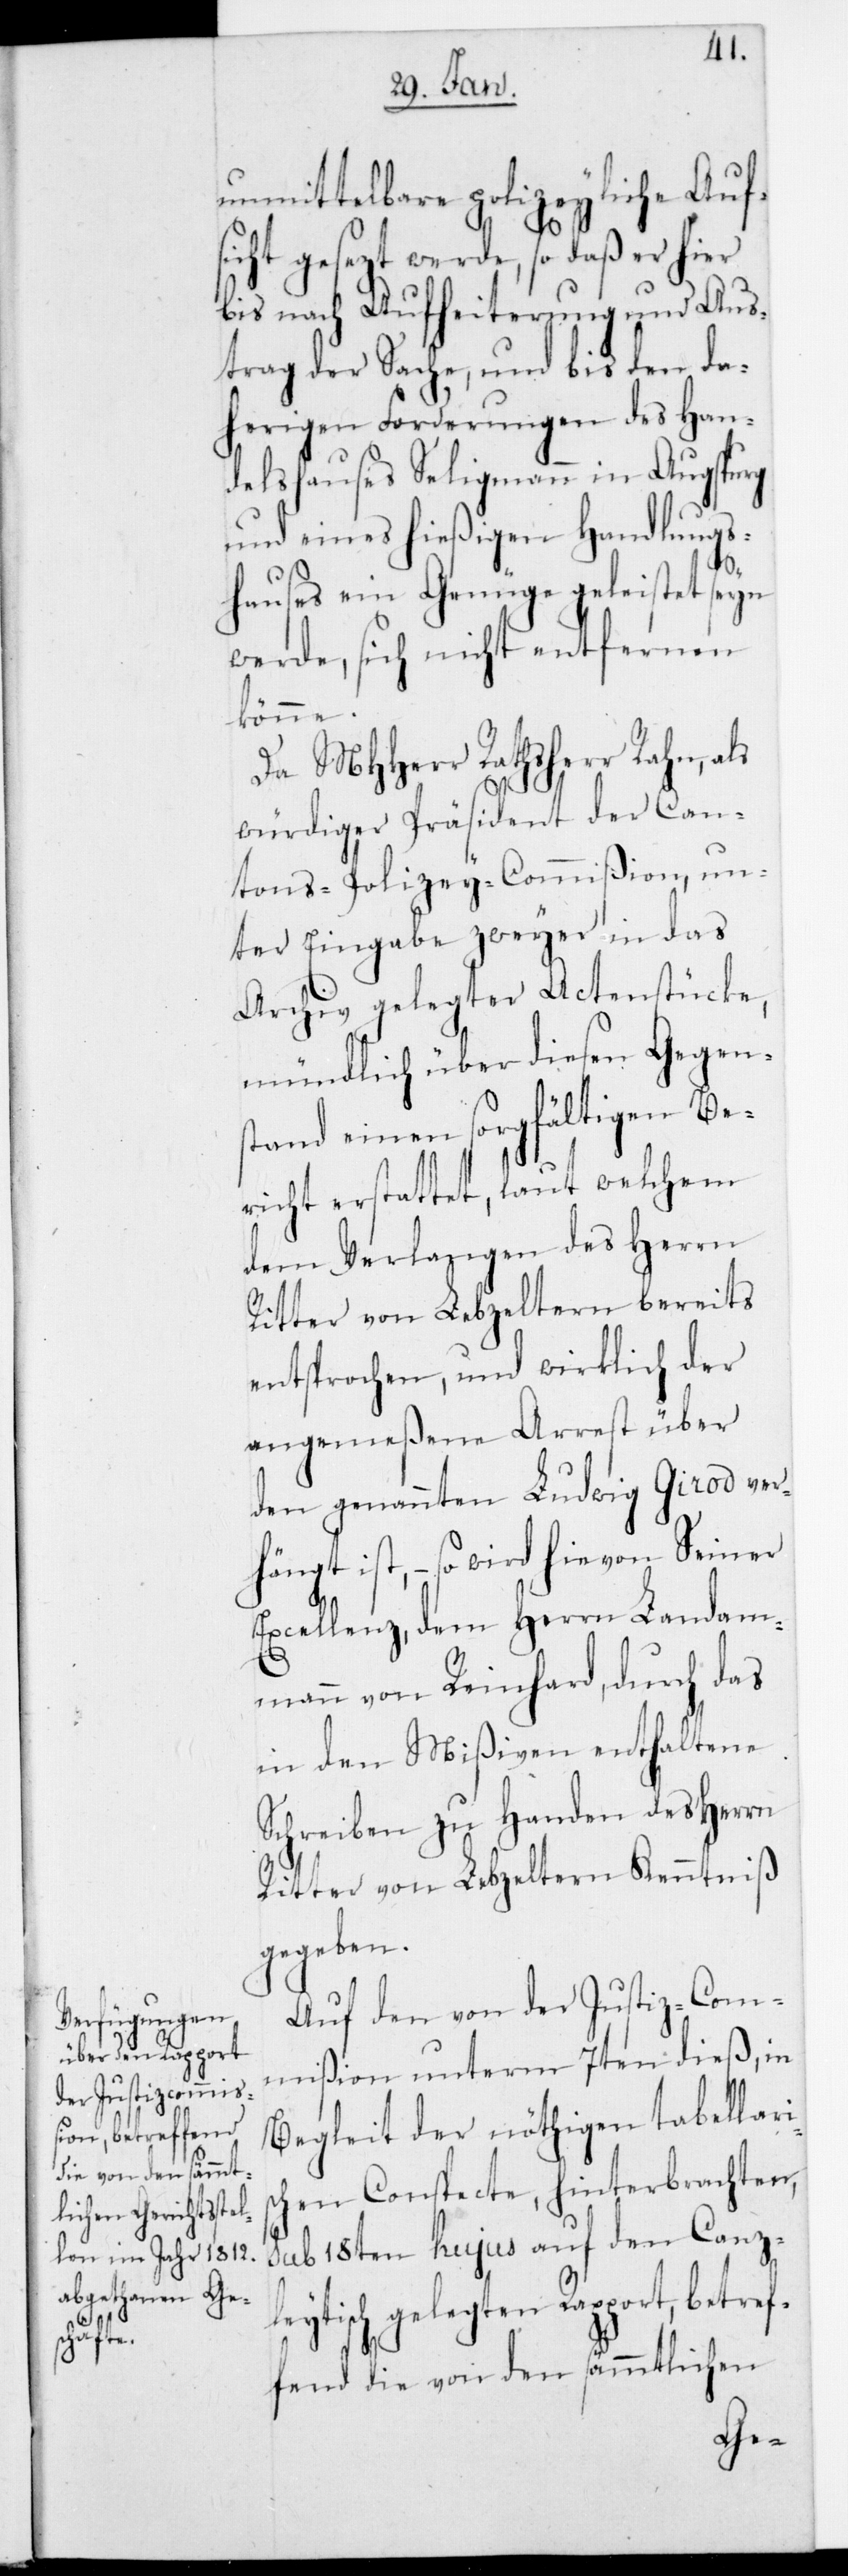
isc¬

unmittelbare polizeyliche Aufs¬
icht gesezt werde, so daß er hier
bis nach Aufheiterung und Aus¬
trag der Sache, und bis den da¬
herigen Forderungen des Han¬
delshauses Seligmann in Augsburg
und eines hießigen Handlungs¬
hauses ein Genüge geleistet sein
werde, sich nicht entfernen
könne.
Da MHHerr Rathsherr Rahn, als
würdiger Präsident der Can¬
tons-Polizey-Commißion, un¬
ter Eingabe zweyer in das
Archiv gelegter Actenstücke,
mündlich über diesen Gegens¬
tand einen sorgfältigen Be¬
richt erstattet, laut welchem
dem Verlangen des Herrn
Ritter von Lebzeltern bereits
entsprochen, und wirklich der
angemeßene Arrest über
den genannten Ludwig Girod ver¬
hängt ist, – so wird hievon Seiner
Excellenz dem Herrn Landam¬
mann von Reinhard, durch das
in den Mißiven enthaltene
Schreiben zu Handen des Herrn
Ritter von Lebzeltern Kenntniß
gegeben.
Auf den von der Justiz-Com¬
mißion unterm 7ten dieß, in
Begleit der nöthigen tabellar¬
hen Conspecte, hinterbrachten,
sub 18ten hujus auf den Canz¬
leytisch gelegten Rapport, betref¬
fend die von den sämmtlichen